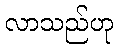
လာသည်ဟု